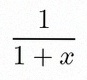
\frac{1}{1+x}